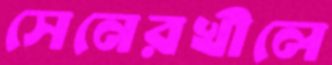
সেনেরখীলে